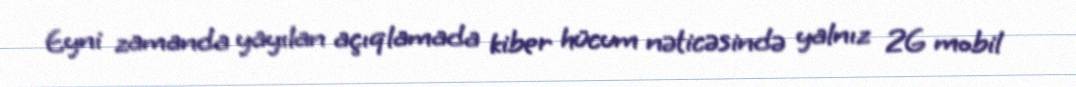
Eyni zamanda yayılan açıqlamada kiber hücum nəticəsində yalnız 2G mobil